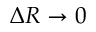
\Delta R \rightarrow 0